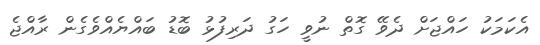
އެކަމަކު ހައްޖަށް ދެވޭ ގޮތް ނުވީ ހަގު ދަރިފުޅު ބޮޑު ބައްޔެއްވެގެން ރާއްޖެ